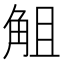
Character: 𧣞